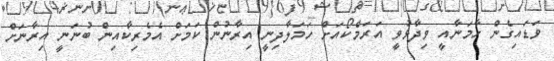
ވަޑައިގެން ހާމަނާއީ ވިދާޅުވީ އަރަމްކޯއަށް ހަމަލާދިނީ އިރާނުން ކަމަށް އެމެރިކާއިން ބުނަނީ އިރާނަށް